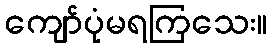
ကျော်ပုံမရကြသေး။